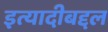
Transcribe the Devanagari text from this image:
इत्यादीबद्दल